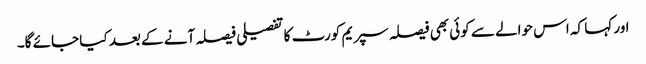
اور کہا کہ اس حوالے سے کوئی بھی فیصلہ سپریم کورٹ کا تفصیلی فیصلہ آنے کے بعد کیا جائے گا۔